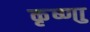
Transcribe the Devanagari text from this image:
कृष्णाु